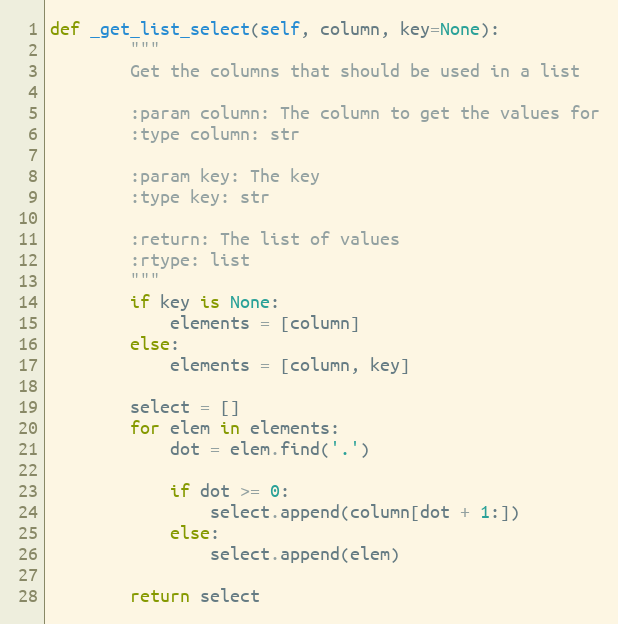
Language: Python
def _get_list_select(self, column, key=None):
        """
        Get the columns that should be used in a list

        :param column: The column to get the values for
        :type column: str

        :param key: The key
        :type key: str

        :return: The list of values
        :rtype: list
        """
        if key is None:
            elements = [column]
        else:
            elements = [column, key]

        select = []
        for elem in elements:
            dot = elem.find('.')

            if dot >= 0:
                select.append(column[dot + 1:])
            else:
                select.append(elem)

        return select